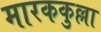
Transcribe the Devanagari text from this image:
मारककुल्ला